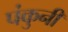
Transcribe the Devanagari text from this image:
पंकुनी